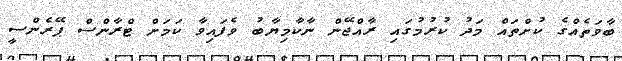
ބާވަތެއްގެ ކުށްތައް މަދު ކުރުމުގައި ރާއްޖޭން ނާކާމިޔާބު ވެފައިވާ ކަމަށް ޓްރާންސް ޕޭރެންސީ